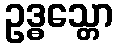
ဥဒ္ဓသ္တော